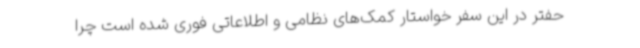
حفتر در این سفر خواستار کمک‌های نظامی و اطلاعاتی فوری شده است چرا